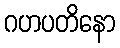
ဂဟပတိနော